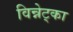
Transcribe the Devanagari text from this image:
विन्नेट्का